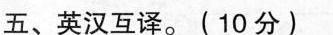
五、英汉互译.(10 分)